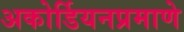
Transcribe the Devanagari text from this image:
अकोर्डियनप्रमाणे